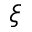
\xi